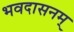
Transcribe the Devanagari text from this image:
भवदासनम्